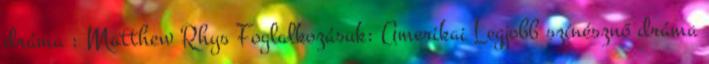
dráma : Matthew Rhys Foglalkozásuk: Amerikai Legjobb színésznő dráma